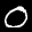
Label: 0